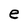
Character: e